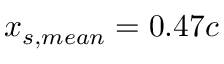
x _ { s , m e a n } = 0 . 4 7 c